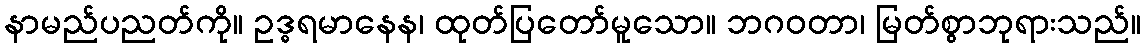
နာမည်ပညတ်ကို။ ဥဒ္ဓရမာနေန၊ ထုတ်ပြတော်မူသော။ ဘဂဝတာ၊ မြတ်စွာဘုရားသည်။